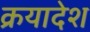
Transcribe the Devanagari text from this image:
क्रयादेश